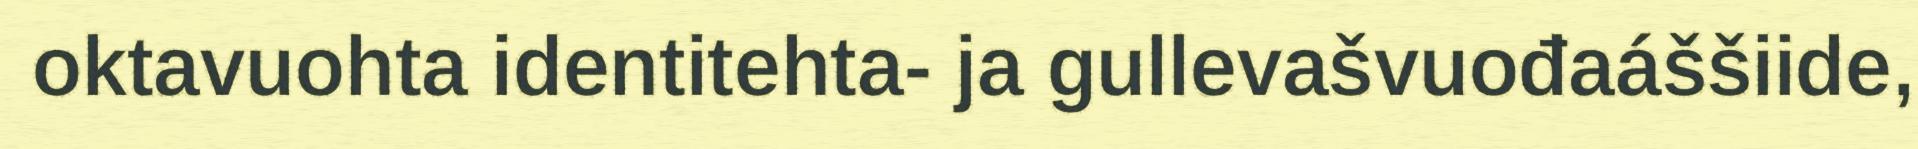
oktavuohta identitehta- ja gullevašvuođaáššiide,